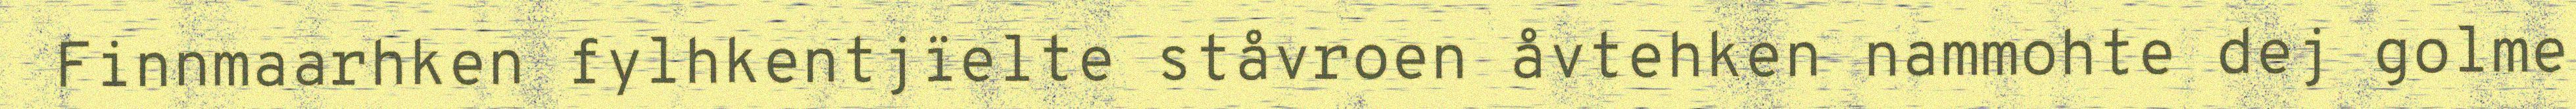
Finnmaarhken fylhkentjïelte ståvroen åvtehken nammohte dej golme